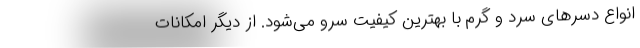
انواع دسرهای سرد و گرم با بهترین کیفیت سرو می‌شود. از دیگر امکانات